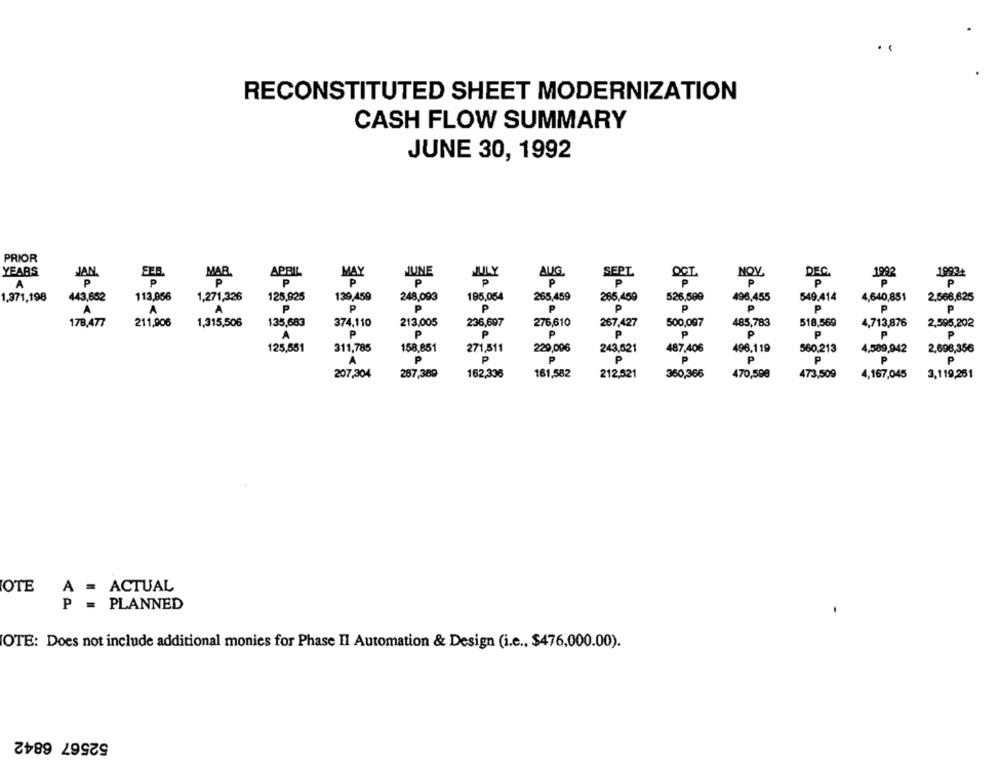
RECONSTITUTED SHEET MODERNIZATION
CASH FLOW SUMMARY
JUNE 30, 1992
PRIOR
YEARS
JAN.
SER.
MAR.
APBIL
MAY
JUNE
AUG.
SEPL
NOV
DEC
1992
1993+
A
P
P
P
P
P
P
P
P
P
P
P
P
P
1,371,198
443,652
113,856
1,271,326
125,925
139,459
248,093
195,054
265,459
265,459
526,599
496,455
549.414
4,640,851
2.566,625
P
A
A
A
P
P
P
P
P
P
P
P
P
P
135,683
276,610
518,569
178,477
211,906
1,315,506
374,110
213,005
236,607
267,427
500,097
485,783
4,713,876
2,595,202
A
P
P
P
P
P
P
P
P
P
P
125,551
311,785
158,851
271,511
229,096
243,621
487,406
496.119
560 213
4,589,942
2,698,356
P
P
P
P
P
P
P
P
A
207,304
287,389
162,336
161,582
212,521
360,366
470,599
473,509
4,167,045
3,119,261
OTE
A = ACTUAL
P = PLANNED
OTE: Does not include additional monies for Phase Il Automation & Design (i.e ., $476,000.00).
52567 6842